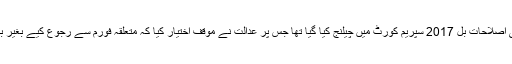
ذرائع کے مطابق عمران خان کی جانب سے انتخابی اصلاحات بل 2017 سپریم کورٹ میں چیلنج کیا گیا تھا جس پر عدالت نے موقف اختیار کیا کہ متعلقہ فورم سے رجوع کیے بغیر براہ راست سپریم کورٹ سے رجوع نہیں کیاجاسکتا۔